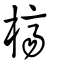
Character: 櫅